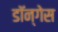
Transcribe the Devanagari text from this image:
डॉन्गेस